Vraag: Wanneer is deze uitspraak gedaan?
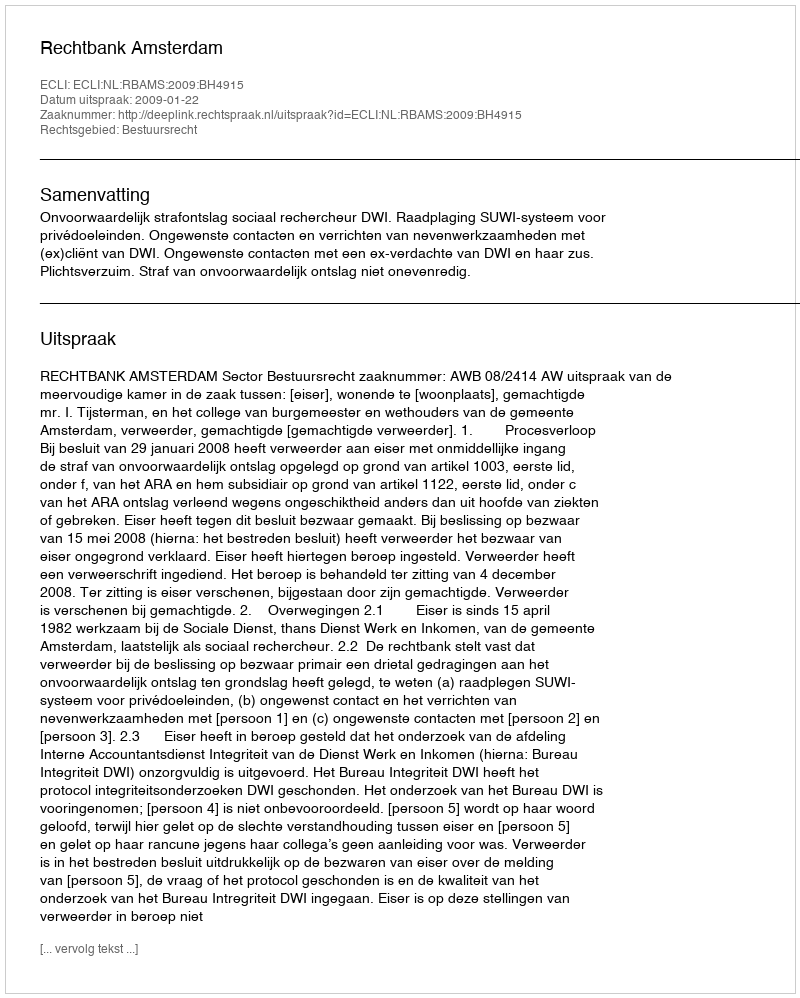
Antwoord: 2009-01-22